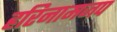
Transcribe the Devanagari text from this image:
हरिनामजप